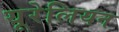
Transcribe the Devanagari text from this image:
यूरेलियन